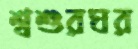
শ্বশুরঘর